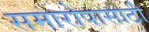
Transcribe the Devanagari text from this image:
समारोपासाठी